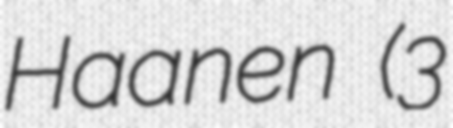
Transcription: Haanen (3